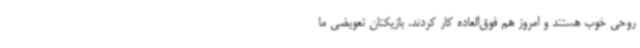
روحی خوب هستند و امروز هم فوق‌العاده کار کردند. بازیکنان تعویضی ما